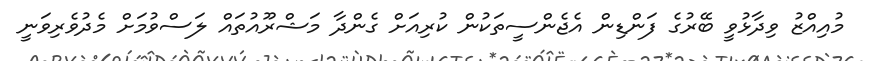
މުއިއްޒު ވިދާޅުވީ ބޭރުގެ ފަންޑިން އެޖެންސީތަކުން ކުރިއަށް ގެންދާ މަޝްރޫއުތައް ލަސްވުމަށް މެދުވެރިވަނީ